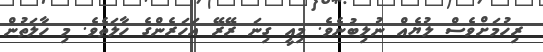
ރިހުމަށްވެސް ލުޔެއް ނުލިބުނެވެ. މިއީ ގިނަ ރޭރޭ އަހަރެންގެ ހާލަތެވެ. މި ހާލަތުން